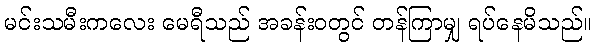
မင်းသမီးကလေး မေရီသည် အခန်းဝတွင် တန်ကြာမျှ ရပ်နေမိသည်။